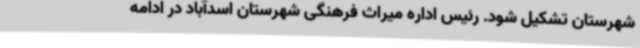
شهرستان تشکیل شود. رئیس اداره میراث فرهنگی شهرستان اسدآباد در ادامه